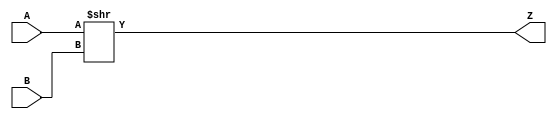
`timescale 1ns / 1ps
//////////////////////////////////////////////////////////////////////////////////
// Company: 
// Engineer: 
// 
// Design Name: 
// Module Name:    SRL 
// Project Name: 
// Target Devices: 
// Tool versions: 
// Description: 
//
// Dependencies: 
//
// Revision: 
// Revision 0.01 - File Created
// Additional Comments: 
//
//////////////////////////////////////////////////////////////////////////////////
module SRL(
    input [7:0] A,
    input [7:0] B,
    output [7:0] Z
    );
	assign Z=A>>B;

endmodule